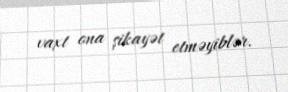
vaxt ona şikayət etməyiblər.